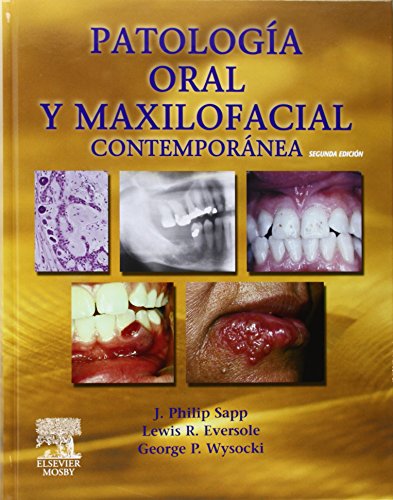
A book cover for PatologÃ­a oral y maxilofacial contemporÃ¡nea, 2e (Spanish Edition); J. Philip Sapp DDS  MS; Medical Books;